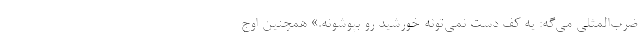
ضرب‌المثلي مي‌گه: يه كف دست نمي‌تونه خورشيد رو بپوشونه.» همچنين اوج